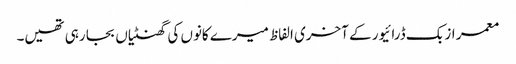
معمر ازبک ڈرائیور کے آخری الفاظ میرے کانوں کی گھنٹیاں بجا رہی تھیں۔